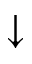
\downarrow